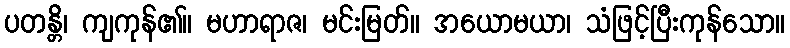
ပတန္တိ၊ ကျကုန်၏။ မဟာရာဇ၊ မင်းမြတ်။ အယောမယာ၊ သံဖြင့်ပြီးကုန်သော။